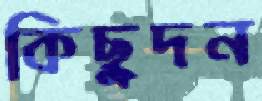
কিছুদন